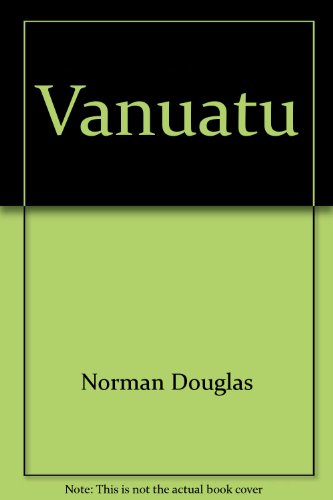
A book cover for Vanuatu: A guide; Norman Douglas; Travel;